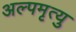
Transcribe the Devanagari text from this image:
अल्पमृत्यु